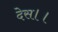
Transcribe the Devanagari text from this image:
देस।।